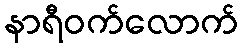
နာရီဝက်လောက်